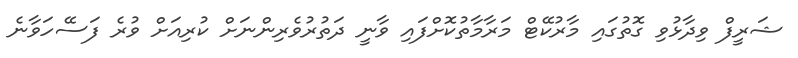
ޝަރީފް ވިދާޅުވި ގޮތުގައި މާރުކޭޓް މަރާމާތުކޮށްފައި ވާނީ ދަތުރުވެރިންނަށް ކުރިއަށް ވުރެ ފަސޭހަވާނެ